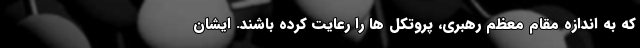
که به اندازه مقام معظم رهبری، پروتکل ها را رعایت کرده باشند. ایشان